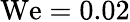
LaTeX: \mathrm{We}=0.02